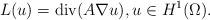
LaTeX: \begin{align*}L(u)=\mathrm{div}(A\nabla u),u\in H^1(\Omega).\end{align*}